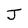
Character: J